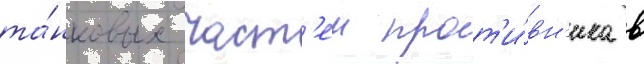
та́нковых част'еи прот'и́вн'ика в